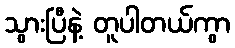
သွားပြီနဲ့ တူပါတယ်ကွာ